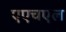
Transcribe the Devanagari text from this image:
एएचएल